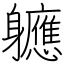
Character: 軈